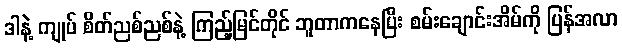
ဒါနဲ့ ကျုပ် စိတ်ညစ်ညစ်နဲ့ ကြည့်မြင်တိုင် ဘူတာကနေပြီး စမ်းချောင်းအိမ်ကို ပြန်အလာ